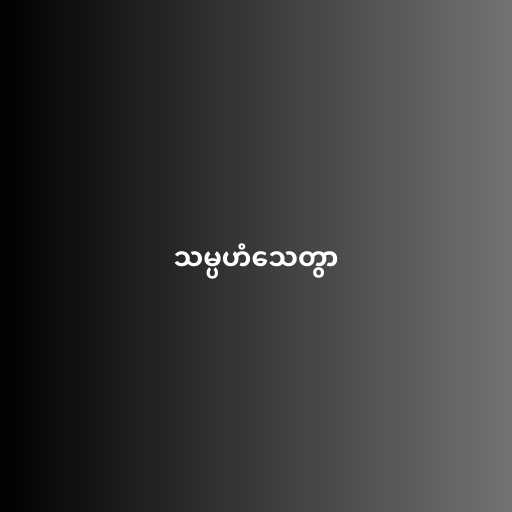
သမ္ပဟံသေတွာ